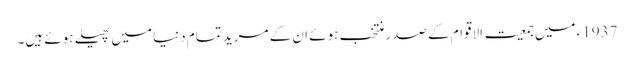
1937ء میں جمعیت الاقوام کے صدر منتخب ہوئے ان کے مرید تمام دنیا میں پھیلے ہوئے ہیں۔